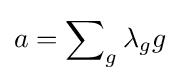
a=\sum \nolimits _{g}\lambda _{g}g